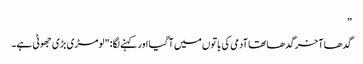
”
گدھا آخر گدھا تھا آدمی کی باتوں میں آ گیا اور کہنے لگا: "لومڑی بڑی جھوٹی ہے۔